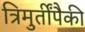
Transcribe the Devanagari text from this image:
त्रिमुर्तींपैकी